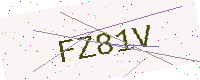
Text: FZ81V